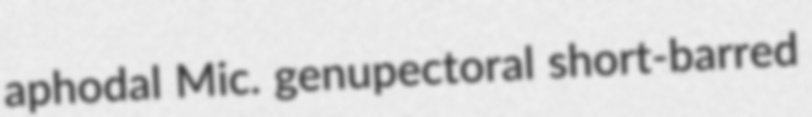
aphodal Mic. genupectoral short-barred